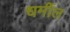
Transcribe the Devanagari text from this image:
धर्मील